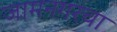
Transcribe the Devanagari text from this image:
जामनगरचा